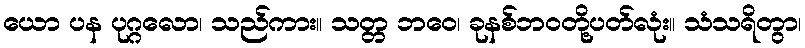
ယော ပန ပုဂ္ဂလော၊ သည်ကား။ သတ္တ ဘဝေ၊ ခုနစ်ဘဝတို့ပတ်လုံး။ သံသရိတွာ၊